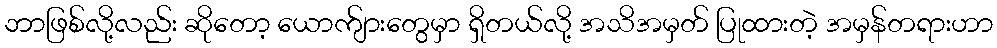
ဘာဖြစ်လို့လည်း ဆိုတော့ ယောက်ျားတွေမှာ ရှိတယ်လို့ အသိအမှတ် ပြုထားတဲ့ အမှန်တရားဟာ